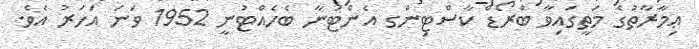
ޢިމާރާތުގެ މަތީގައިވާ ބްރޯޑް ކާސްޓިންގ އެންޓަނާ ބެހެއްޓުނީ 1952 ވަނަ އަހަރު އެވެ.